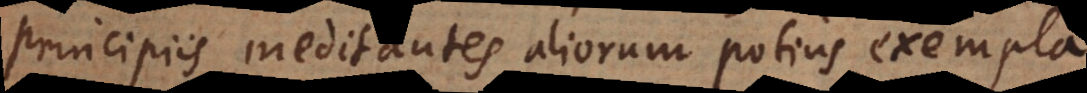
principiis meditantes aliorum potius exempla